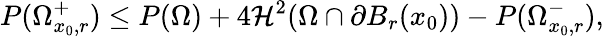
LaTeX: P(\Omega_{x_{0},r}^{+})\leq P(\Omega)+4\mathcal{H}^{2}(\Omega\cap\partial B_{r}(x_{0}))-P(\Omega_{x_{0},r}^{-}),